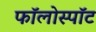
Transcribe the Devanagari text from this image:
फॉलोस्पॉट